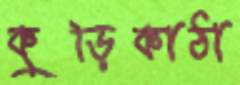
কুড়িকাঠা